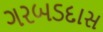
ગરબડદાસ